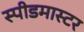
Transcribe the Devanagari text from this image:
स्पीडमास्टर